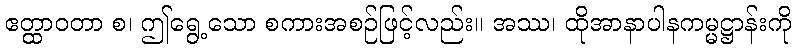
ဧတ္ထာဝတာ စ၊ ဤရွေ့သော စကားအစဉ်ဖြင့်လည်း။ အဿ၊ ထိုအာနာပါနကမ္မဋ္ဌာန်းကို